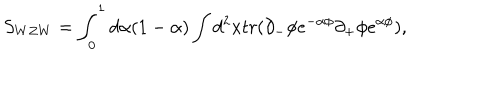
S _ { W Z W } = \int _ { 0 } ^ { 1 } d \alpha ( 1 - \alpha ) \int d ^ { 2 } x t r ( \partial _ { - } \phi e ^ { - \alpha \phi } \partial _ { + } \phi e ^ { \alpha \phi } ) ,